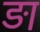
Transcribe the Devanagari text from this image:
ड़ा